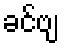
ခင်ဗျ